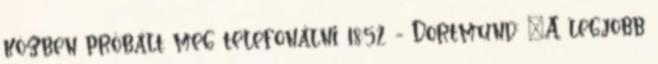
közben próbált meg telefonálni 18:52 - Dortmund: „A legjobb